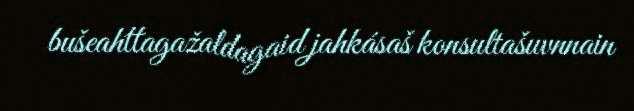
bušeahttagažaldagaid jahkásaš konsultašuvnnain